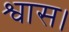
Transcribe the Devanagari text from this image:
श्वास।